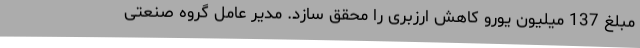
مبلغ 137 میلیون یورو کاهش ارزبری را محقق سازد. مدیر عامل گروه صنعتی